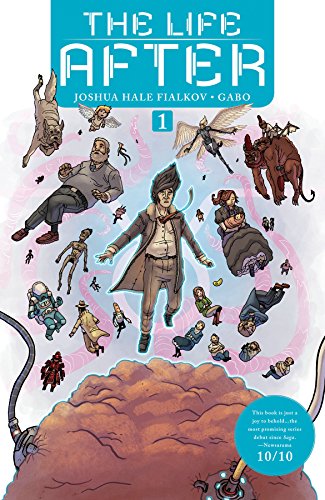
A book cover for The Life After Volume 1 (Life After Tp); Joshua Hale Fialkov; Comics & Graphic Novels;